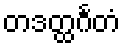
တဒတ္ထင်္ဂတံ